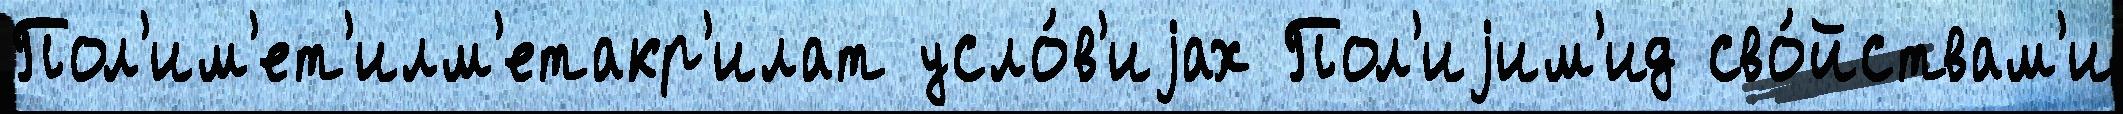
Пол'им'ет'илм'етакр'илат усло́в'иjах Пол'иjим'ид сво́йствам'и